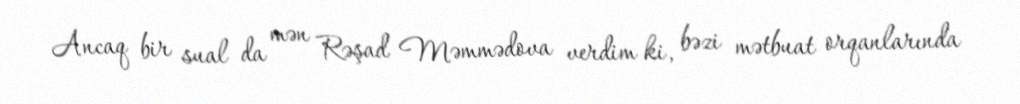
Ancaq bir sual da mən Rəşad Məmmədova verdim ki, bəzi mətbuat orqanlarında